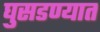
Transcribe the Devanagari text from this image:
घुसडण्यात